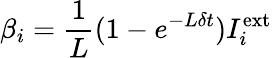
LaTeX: \beta_{i}=\frac{1}{L}(1-e^{-L\delta t})I_{i}^{\mathrm{ext}}